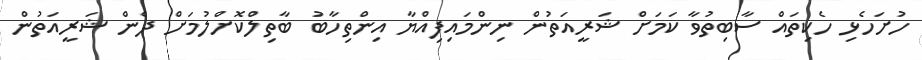
ހުށަހެޅި ހެކިތައް ސާބިތުވާ ކަމަށް ޝަރީއަތުން ނިންމައިފިއްޔާ އިންތިހާބު ބާތިލްކޮށްލުމަށް ދެން ޝަރީއަތުން